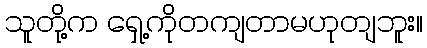
သူတို့က ရှေ့ကိုတကျတာမဟုတျဘူး။